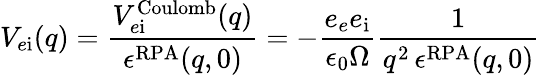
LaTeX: V_{e\mathrm{i}}(q)=\frac{V_{e\mathrm{i}}^{\mathrm{Coulomb}}(q)}{\epsilon^{\mathrm{RPA}}(q,0)}=-\frac{e_{e}e_{\mathrm{i}}}{\epsilon_{0}\Omega}\frac{1}{q^{2}\, \epsilon^{\mathrm{RPA}}(q,0)}